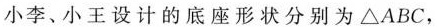
小李、小王设计的底座形状分别为△ABC，